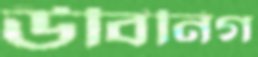
উবিনিগ